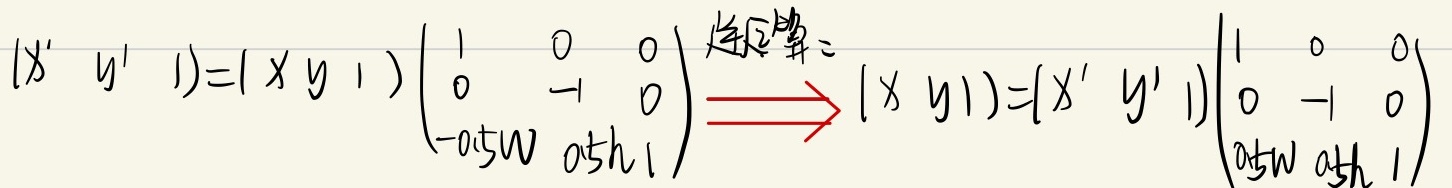
\((x' \ y' \ 1)=(x \ y \ 1)\begin{pmatrix}1&0&0\\0& - 1&0\\-0.5W&0.5h&1\end{pmatrix}\stackrel{\text{矩阵求逆}}{\Longrightarrow}(x \ y \ 1)=(x' \ y' \ 1)\begin{pmatrix}1&0&0\\0& - 1&0\\0.5W&0.5h&1\end{pmatrix}\)